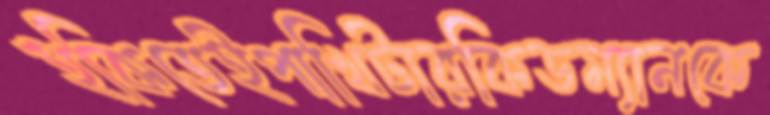
হকিতেইপাখিটারকিডম্যানকে